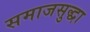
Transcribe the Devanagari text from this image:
समाजसुद्धा